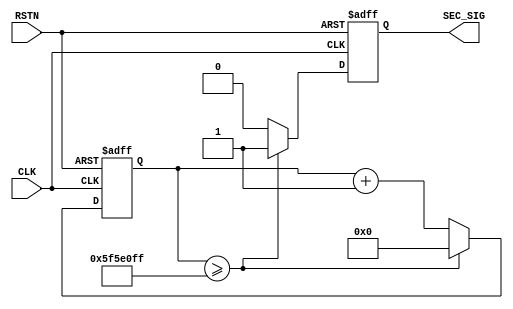
/*------------------------------------------------------------------------------
--      File Name = time_manager.v                                            --
--                                                                            --
--      Design    = Second Signal Create                                      --
--                                                                            --
--      Revision  = 1.0         Date: 2011.6.15                               --
--                                                                            --
--      Copyright (C) 2011 MITSUBISHI ELECTRIC                                --
--                         MICRO-COMPUTER APPLICATION SOFTWARE                --
--                         COMPANY LIMITED                                    --
--                         All Rights Reserved.                               --
------------------------------------------------------------------------------*/
module time_manager(
//input
	CLK,
	RSTN,
//output
	SEC_SIG
);

//--- input --------------------------------------------------------------------
input  CLK;              // System Clock
input  RSTN;             // System Reset

//--- output -------------------------------------------------------------------
output  SEC_SIG;         // Second Signal

//--- reg ----------------------------------------------------------------------
reg  [27:0] SEC_COUNT;   // Second Counter
reg  SEC_SIG;            // Second Signal


parameter CLK_COUNT = 28'd100_000_000 -28'd1;   //for100MHz -> 1Hz


//******************** Start of Module ********************

//---------------------------
//  SEC_COUNT
//---------------------------
always@( posedge CLK or negedge RSTN) begin
	if( !RSTN )begin
		SEC_COUNT <= 28'd0;
	end
	else if( SEC_COUNT >= CLK_COUNT)begin
		SEC_COUNT <= 28'd0;
	end
	else begin
		SEC_COUNT <= SEC_COUNT + 28'd1;
	end
end

//---------------------------
//  SEC_SIG
//---------------------------
always@( posedge CLK or negedge RSTN) begin
	if( !RSTN )begin
		SEC_SIG <= 1'b0;
	end
	else if( SEC_COUNT >= CLK_COUNT )begin
		SEC_SIG <= 1'b1;
	end
	else begin
		SEC_SIG <= 1'b0;
	end
end

endmodule